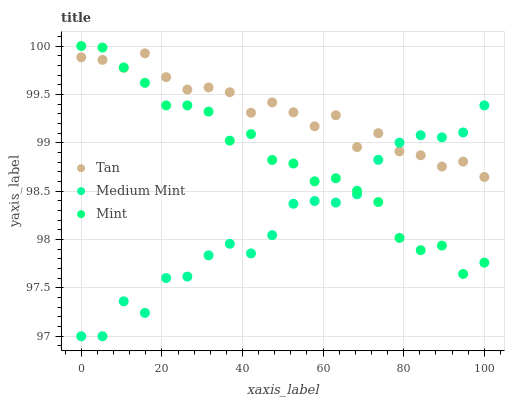
| xaxis_label | Tan | Medium Mint | Mint |
 | --- | --- | --- | --- |
 | 0 | 99.9 | 97 | 100 |
 | 5.26 | 99.9 | 97 | 100 |
 | 10.5 | 99.8 | 97.4 | 99.8 |
 | 15.8 | 99.9 | 97.2 | 99.6 |
 | 21.1 | 99.7 | 97.6 | 99.4 |
 | 26.3 | 99.5 | 97.6 | 99.4 |
 | 31.6 | 99.6 | 97.8 | 99.3 |
 | 36.8 | 99.5 | 98 | 99 |
 | 42.1 | 99.3 | 97.9 | 99.1 |
 | 47.4 | 99.4 | 98 | 98.8 |
 | 52.6 | 99.3 | 98.4 | 98.8 |
 | 57.9 | 99.2 | 98.4 | 98.6 |
 | 63.2 | 99.3 | 98.4 | 98.6 |
 | 68.4 | 99 | 98.5 | 98.5 |
 | 73.7 | 99.1 | 98.8 | 98.4 |
 | 78.9 | 98.9 | 99 | 98 |
 | 84.2 | 98.9 | 99.1 | 97.9 |
 | 89.5 | 98.8 | 99.1 | 97.9 |
 | 94.7 | 98.8 | 99.1 | 97.6 |
 | 100 | 98.6 | 99.4 | 97.8 |